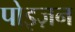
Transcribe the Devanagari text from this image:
पोइज़न